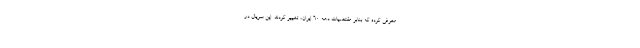
معرفی کرده که بنابر مقتضیات دهه ۶۰ ایران، تغییر کردند. این سریال در